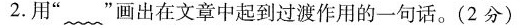
2. 用”~”画出在文章中起到过渡作用的一句话。(2分)